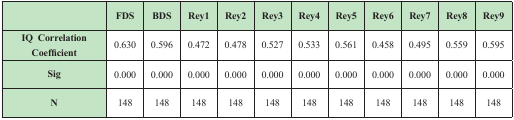
|  | FDS | BDS | Rey1 | Rey2 | Rey3 | Rey4 | Rey5 | Rey6 | Rey7 | Rey8 | Rey9 |
 | --- | --- | --- | --- | --- | --- | --- | --- | --- | --- | --- | --- |
 | IQ CorrelationCoefficient | 0.630 | 0.596 | 0.472 | 0.478 | 0.527 | 0.533 | 0.561 | 0.458 | 0.495 | 0.559 | 0.595 |
 | Sig | 0.000 | 0.000 | 0.000 | 0.000 | 0.000 | 0.000 | 0.000 | 0.000 | 0.000 | 0.000 | 0.000 |
 | N | 148 | 148 | 148 | 148 | 148 | 148 | 148 | 148 | 148 | 148 | 148 |